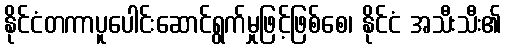
နိုင်ငံတကာပူပေါင်းဆောင်ရွက်မှုဖြင့်ဖြစ်စေ၊ နိုင်ငံ အသီးသီး၏